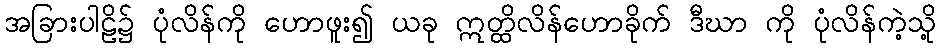
အခြားပါဠိ၌ ပုံလိန်ကို ဟောဖူး၍ ယခု ဣတ္ထိလိန်ဟောခိုက် ဒီဃာ ကို ပုံလိန်ကဲ့သို့